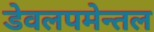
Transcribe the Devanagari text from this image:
डेवलपमेन्तल